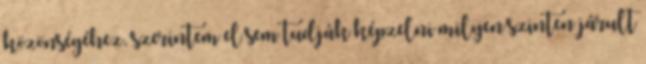
közönségéhez, szerintem el sem tudják képzelni milyen szinten járult